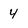
Character: 4